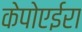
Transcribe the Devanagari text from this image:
केपोएईरा